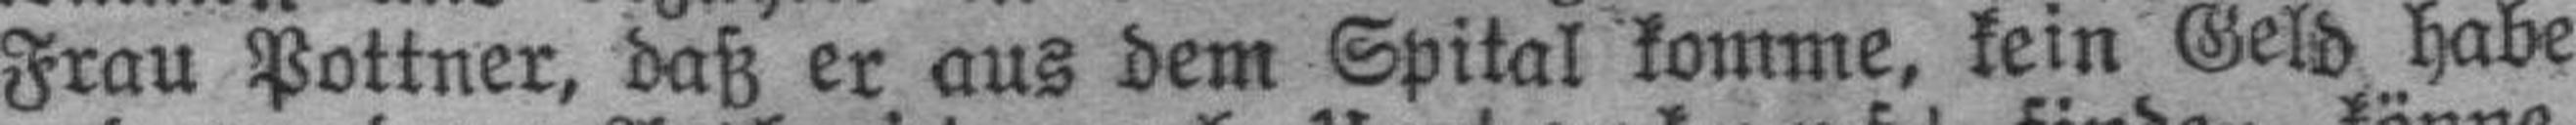
Frau Pottner, daß er aus dem Spital komme, kein Geld habe